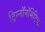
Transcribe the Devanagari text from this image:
ट्रिग्नॉनॉमेट्रिक